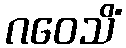
ဂဝေသိံ